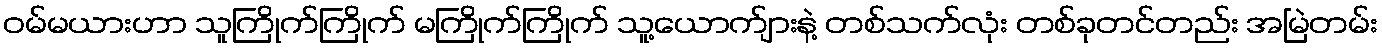
ဝမ်မယားဟာ သူကြိုက်ကြိုက် မကြိုက်ကြိုက် သူ့ယောက်ျားနဲ့ တစ်သက်လုံး တစ်ခုတင်တည်း အမြဲတမ်း